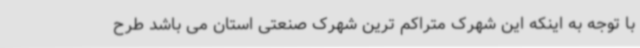
با توجه به اینکه این شهرک متراکم ترین شهرک صنعتی استان می باشد طرح